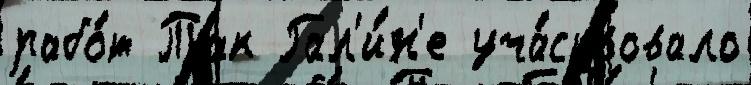
рабо́т Так Гал'и́н'е уча́ствовало